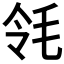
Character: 𣬹